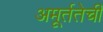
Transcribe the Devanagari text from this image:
अमूर्ततेची